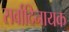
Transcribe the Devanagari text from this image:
सर्वादिनायक